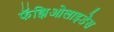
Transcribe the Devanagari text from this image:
फॅझिओलाइडेस